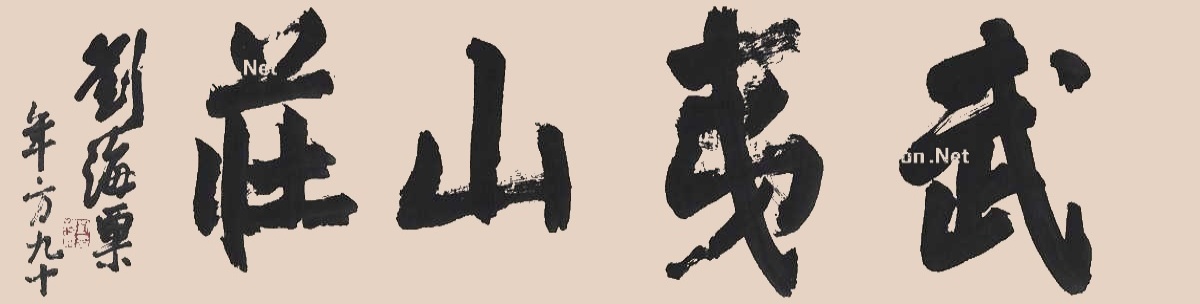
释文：武夷山庄。刘海粟年方九十。